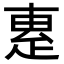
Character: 𤴛